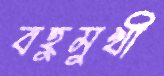
বহুমুখী